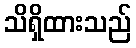
သိရှိထားသည်